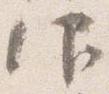
仰